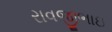
રાવજીભાઇ